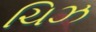
ચિઝ